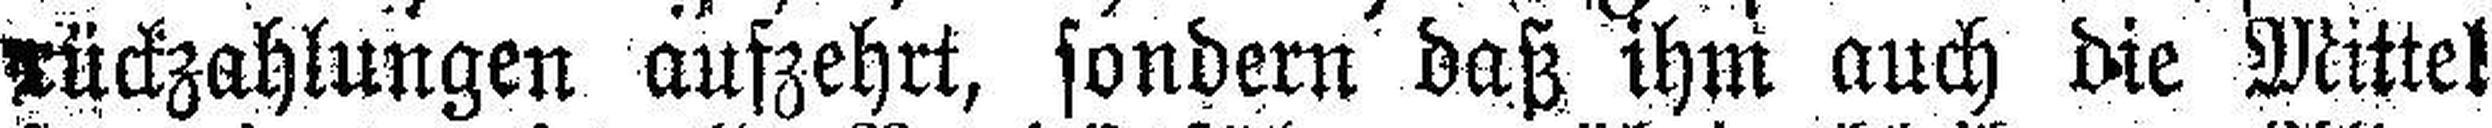
rückzahlungen aufzehrt, sondern daß ihm auch die Mittel